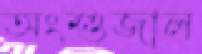
অংশুজাল